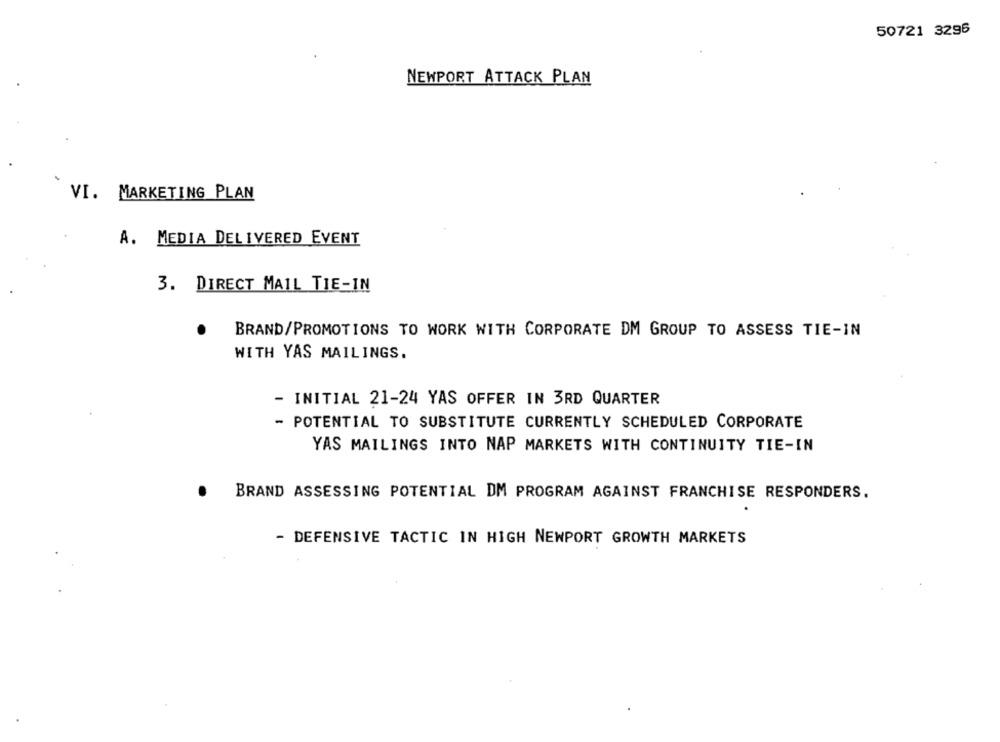
50721 3296
NEWPORT ATTACK PLAN
VI. MARKETING PLAN
A. MEDIA DELIVERED EVENT
3. DIRECT MAIL TIE-IN
BRAND/PROMOTIONS TO WORK WITH CORPORATE DM GROUP TO ASSESS TIE-IN
WITH YAS MAILINGS.
- INITIAL 21-24 YAS OFFER IN 3RD QUARTER
- POTENTIAL TO SUBSTITUTE CURRENTLY SCHEDULED CORPORATE
YAS MAILINGS INTO NAP MARKETS WITH CONTINUITY TIE-IN
BRAND ASSESSING POTENTIAL DM PROGRAM AGAINST FRANCHISE RESPONDERS.
- DEFENSIVE TACTIC IN HIGH NEWPORT GROWTH MARKETS